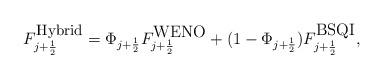
LaTeX: \begin{align*} F_{j+\frac{1}{2}}^{\mbox{\small Hybrid}}=\Phi_{j+\frac{1}{2}} F_{j+\frac{1}{2}}^{\mbox{WENO}}+(1-\Phi_{j+\frac{1}{2}}) F_{j+\frac{1}{2}}^{\mbox{BSQI}},\end{align*}